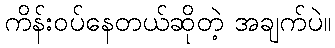
ကိန်းဝပ်နေတယ်ဆိုတဲ့ အချက်ပဲ။